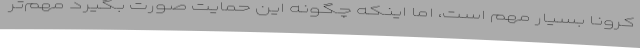
کرونا بسیار مهم است، اما اینکه چگونه این حمایت صورت بگیرد مهم‌تر